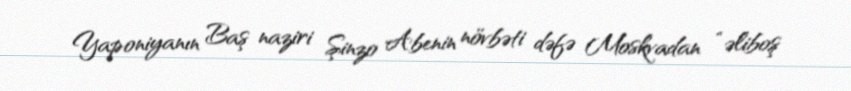
Yaponiyanın Baş naziri Şinzo Abenin növbəti dəfə Moskvadan “əliboş